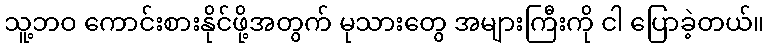
သူ့ဘဝ ကောင်းစားနိုင်ဖို့အတွက် မုသားတွေ အများကြီးကို ငါ ပြောခဲ့တယ်။